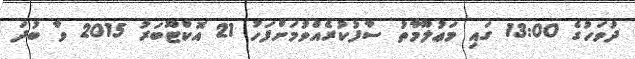
ދުވަހުގެ 13:00 ގައި މަޢުލޫމާތު ސާފުކުރެއްވުމަށްފަހު 21 އޮކްޓޫބަރު 2015 ވާ ބުދަ